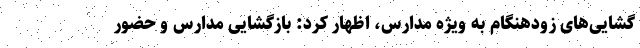
گشایی‌های زودهنگام به ویژه مدارس، اظهار کرد: بازگشایی مدارس و حضور